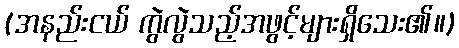
(အနည်းငယ် ကွဲလွဲသည့်အဖွင့်များရှိသေး၏။)